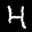
Label: 4